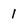
Character: 1